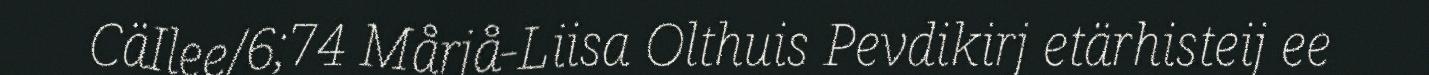
CäIlee/6;74 Mårjå-Liisa Olthuis Pevdikirj etärhisteij ee